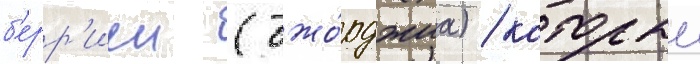
б'ерр'иен (джо́рджиа) / которыи